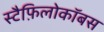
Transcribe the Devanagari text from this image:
स्टैफ़िलोकॉबस